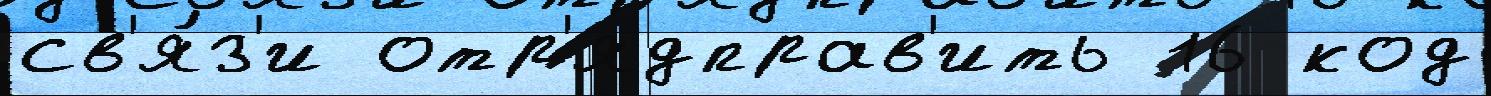
св'я́з'и отр'ядправ'ить 16 код